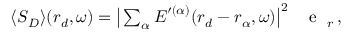
\begin{array} { r } { \langle \boldsymbol { S } _ { D } \rangle ( \boldsymbol { r } _ { d } , \omega ) = \big | \sum _ { \alpha } \boldsymbol { E } ^ { \prime ( \alpha ) } ( \boldsymbol { r } _ { d } - \boldsymbol { r } _ { \alpha } , \omega ) \big | ^ { 2 } \, \mathrm { ~ \textbf ~ { ~ e ~ } ~ } _ { r } \, , } \end{array}